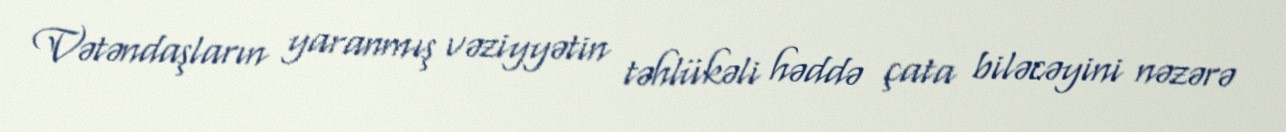
Vətəndaşların yaranmış vəziyyətin təhlükəli həddə çata biləcəyini nəzərə